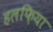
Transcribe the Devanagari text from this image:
हलफ़िया